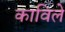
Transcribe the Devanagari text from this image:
काविले